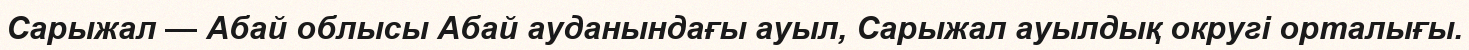
Сарыжал — Абай облысы Абай ауданындағы ауыл, Сарыжал ауылдық округі орталығы.